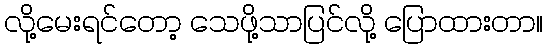
လို့မေးရင်တော့ သေဖို့သာပြင်လို့ ပြောထားတာ။